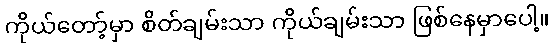
ကိုယ်တော့်မှာ စိတ်ချမ်းသာ ကိုယ်ချမ်းသာ ဖြစ်နေမှာပေါ့။